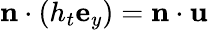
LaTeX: \textbf{n}\cdot(h_{t}\textbf{e}_{y})=\textbf{n}\cdot\textbf{u}